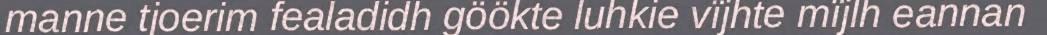
manne tjoerim fealadidh göökte luhkie vïjhte mïjlh eannan